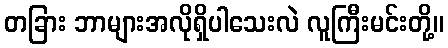
တခြား ဘာများအလိုရှိပါသေးလဲ လူကြီးမင်းတို့။